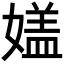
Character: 𡡇